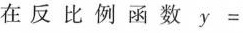
在反比例函数$$y =$$